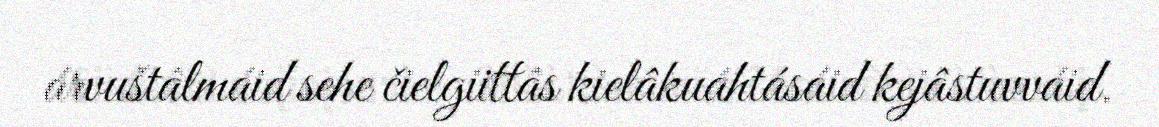
árvuštâlmáid sehe čielgiittâs kielâkuáhtásáid kejâstuvváid.